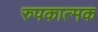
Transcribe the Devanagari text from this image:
रुपकात्मक